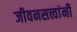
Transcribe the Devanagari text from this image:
जीवनसत्त्वांनी